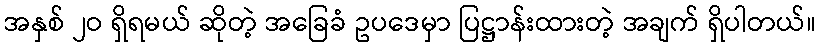
အနှစ် ၂ဝ ရှိရမယ် ဆိုတဲ့ အခြေခံ ဥပဒေမှာ ပြဋ္ဌာန်းထားတဲ့ အချက် ရှိပါတယ်။